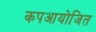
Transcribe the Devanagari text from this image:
कपआयोजित